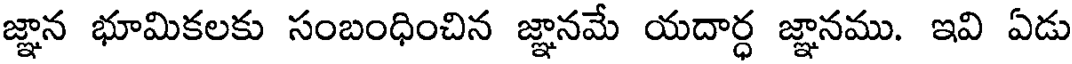
జ్ఞాన భూమికలకు సంబంధించిన జ్ఞానమే యదార్ధ జ్ఞానము. ఇవి ఏడు